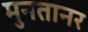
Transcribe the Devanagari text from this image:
मुनतानर